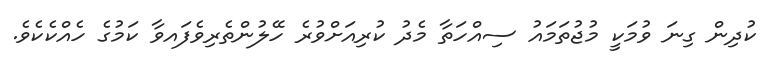
ކުދިން ގިނަ ވުމަކީ މުޖުތަމައު ސިއްހަތާ މެދު ކުރިއަށްވުރެ ހޭލުންތެރިވެފައވާ ކަމުގެ ހެއްކެކެވެ.